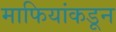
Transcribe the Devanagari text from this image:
माफियांकडून